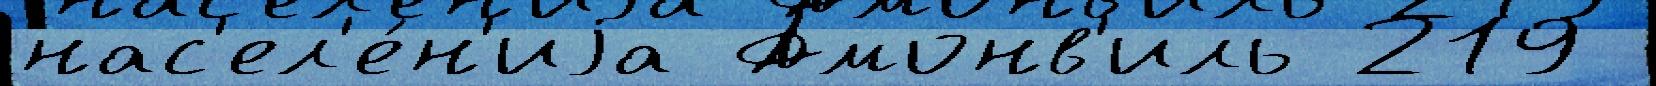
нас'ел'е́н'иjа Амонв'иль 219